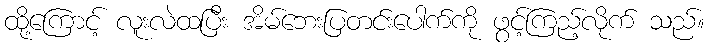
ထို့ကြောင့် လူးလဲထပြီး အိမ်ဘေးပြတင်းပေါက်ကို ဖွင့်ကြည့်လိုက် သည်။